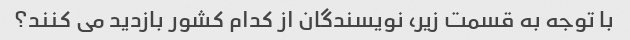
با توجه به قسمت زیر، نویسندگان از کدام کشور بازدید می کنند؟